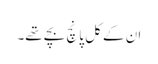
ان کے کل پانچ بچے تھے۔